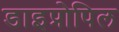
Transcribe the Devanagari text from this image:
डाइप्रोपिल